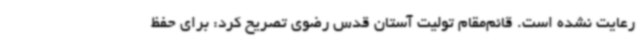
رعایت نشده است. قائم‌مقام تولیت آستان قدس رضوی تصریح کرد: برای حفظ